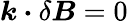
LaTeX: \boldsymbol{k}\boldsymbol{\cdot}\delta\boldsymbol{B}=0